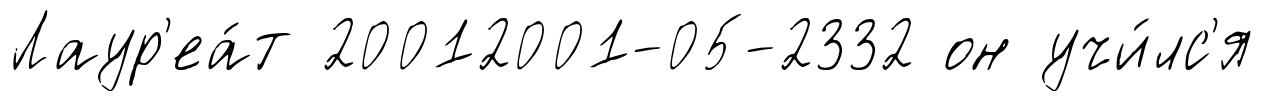
Лаур'еа́т 20012001-05-2332 он учи́лс'я